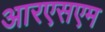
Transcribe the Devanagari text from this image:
आरएसएम